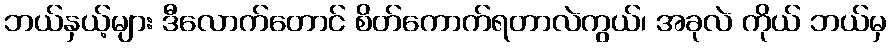
ဘယ်နှယ့်များ ဒီလောက်တောင် စိတ်ကောက်ရတာလဲကွယ်၊ အခုလဲ ကိုယ် ဘယ်မှ